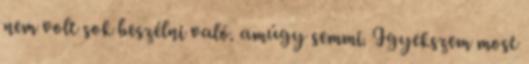
nem volt sok beszélni való. amúgy semmi. Igyekszem most